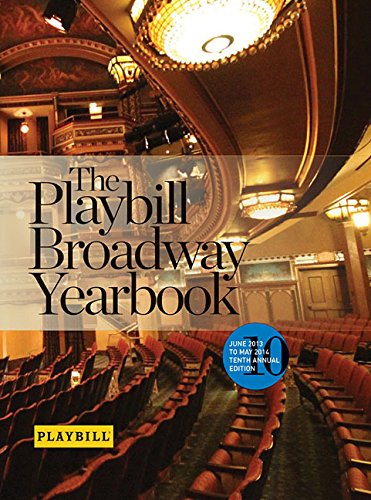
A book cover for The Playbill Broadway Yearbook: June 2013 to May 2014: Tenth Annual Edition; Humor & Entertainment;